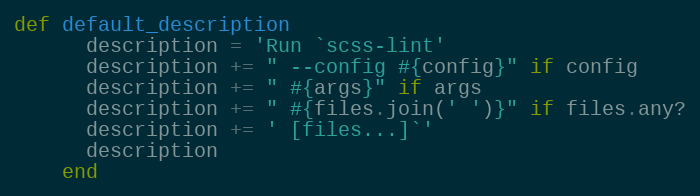
Language: Ruby
def default_description
      description = 'Run `scss-lint'
      description += " --config #{config}" if config
      description += " #{args}" if args
      description += " #{files.join(' ')}" if files.any?
      description += ' [files...]`'
      description
    end